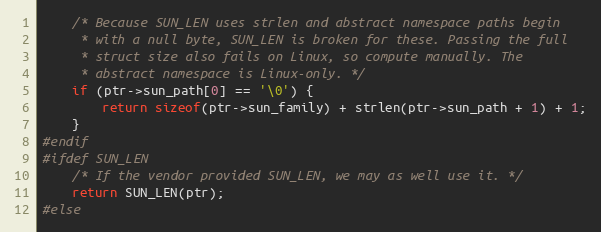
Language: C
	/* Because SUN_LEN uses strlen and abstract namespace paths begin
	 * with a null byte, SUN_LEN is broken for these. Passing the full
	 * struct size also fails on Linux, so compute manually. The
	 * abstract namespace is Linux-only. */
	if (ptr->sun_path[0] == '\0') {
		return sizeof(ptr->sun_family) + strlen(ptr->sun_path + 1) + 1;
	}
#endif
#ifdef SUN_LEN
	/* If the vendor provided SUN_LEN, we may as well use it. */
	return SUN_LEN(ptr);
#else